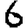
Digit: 6